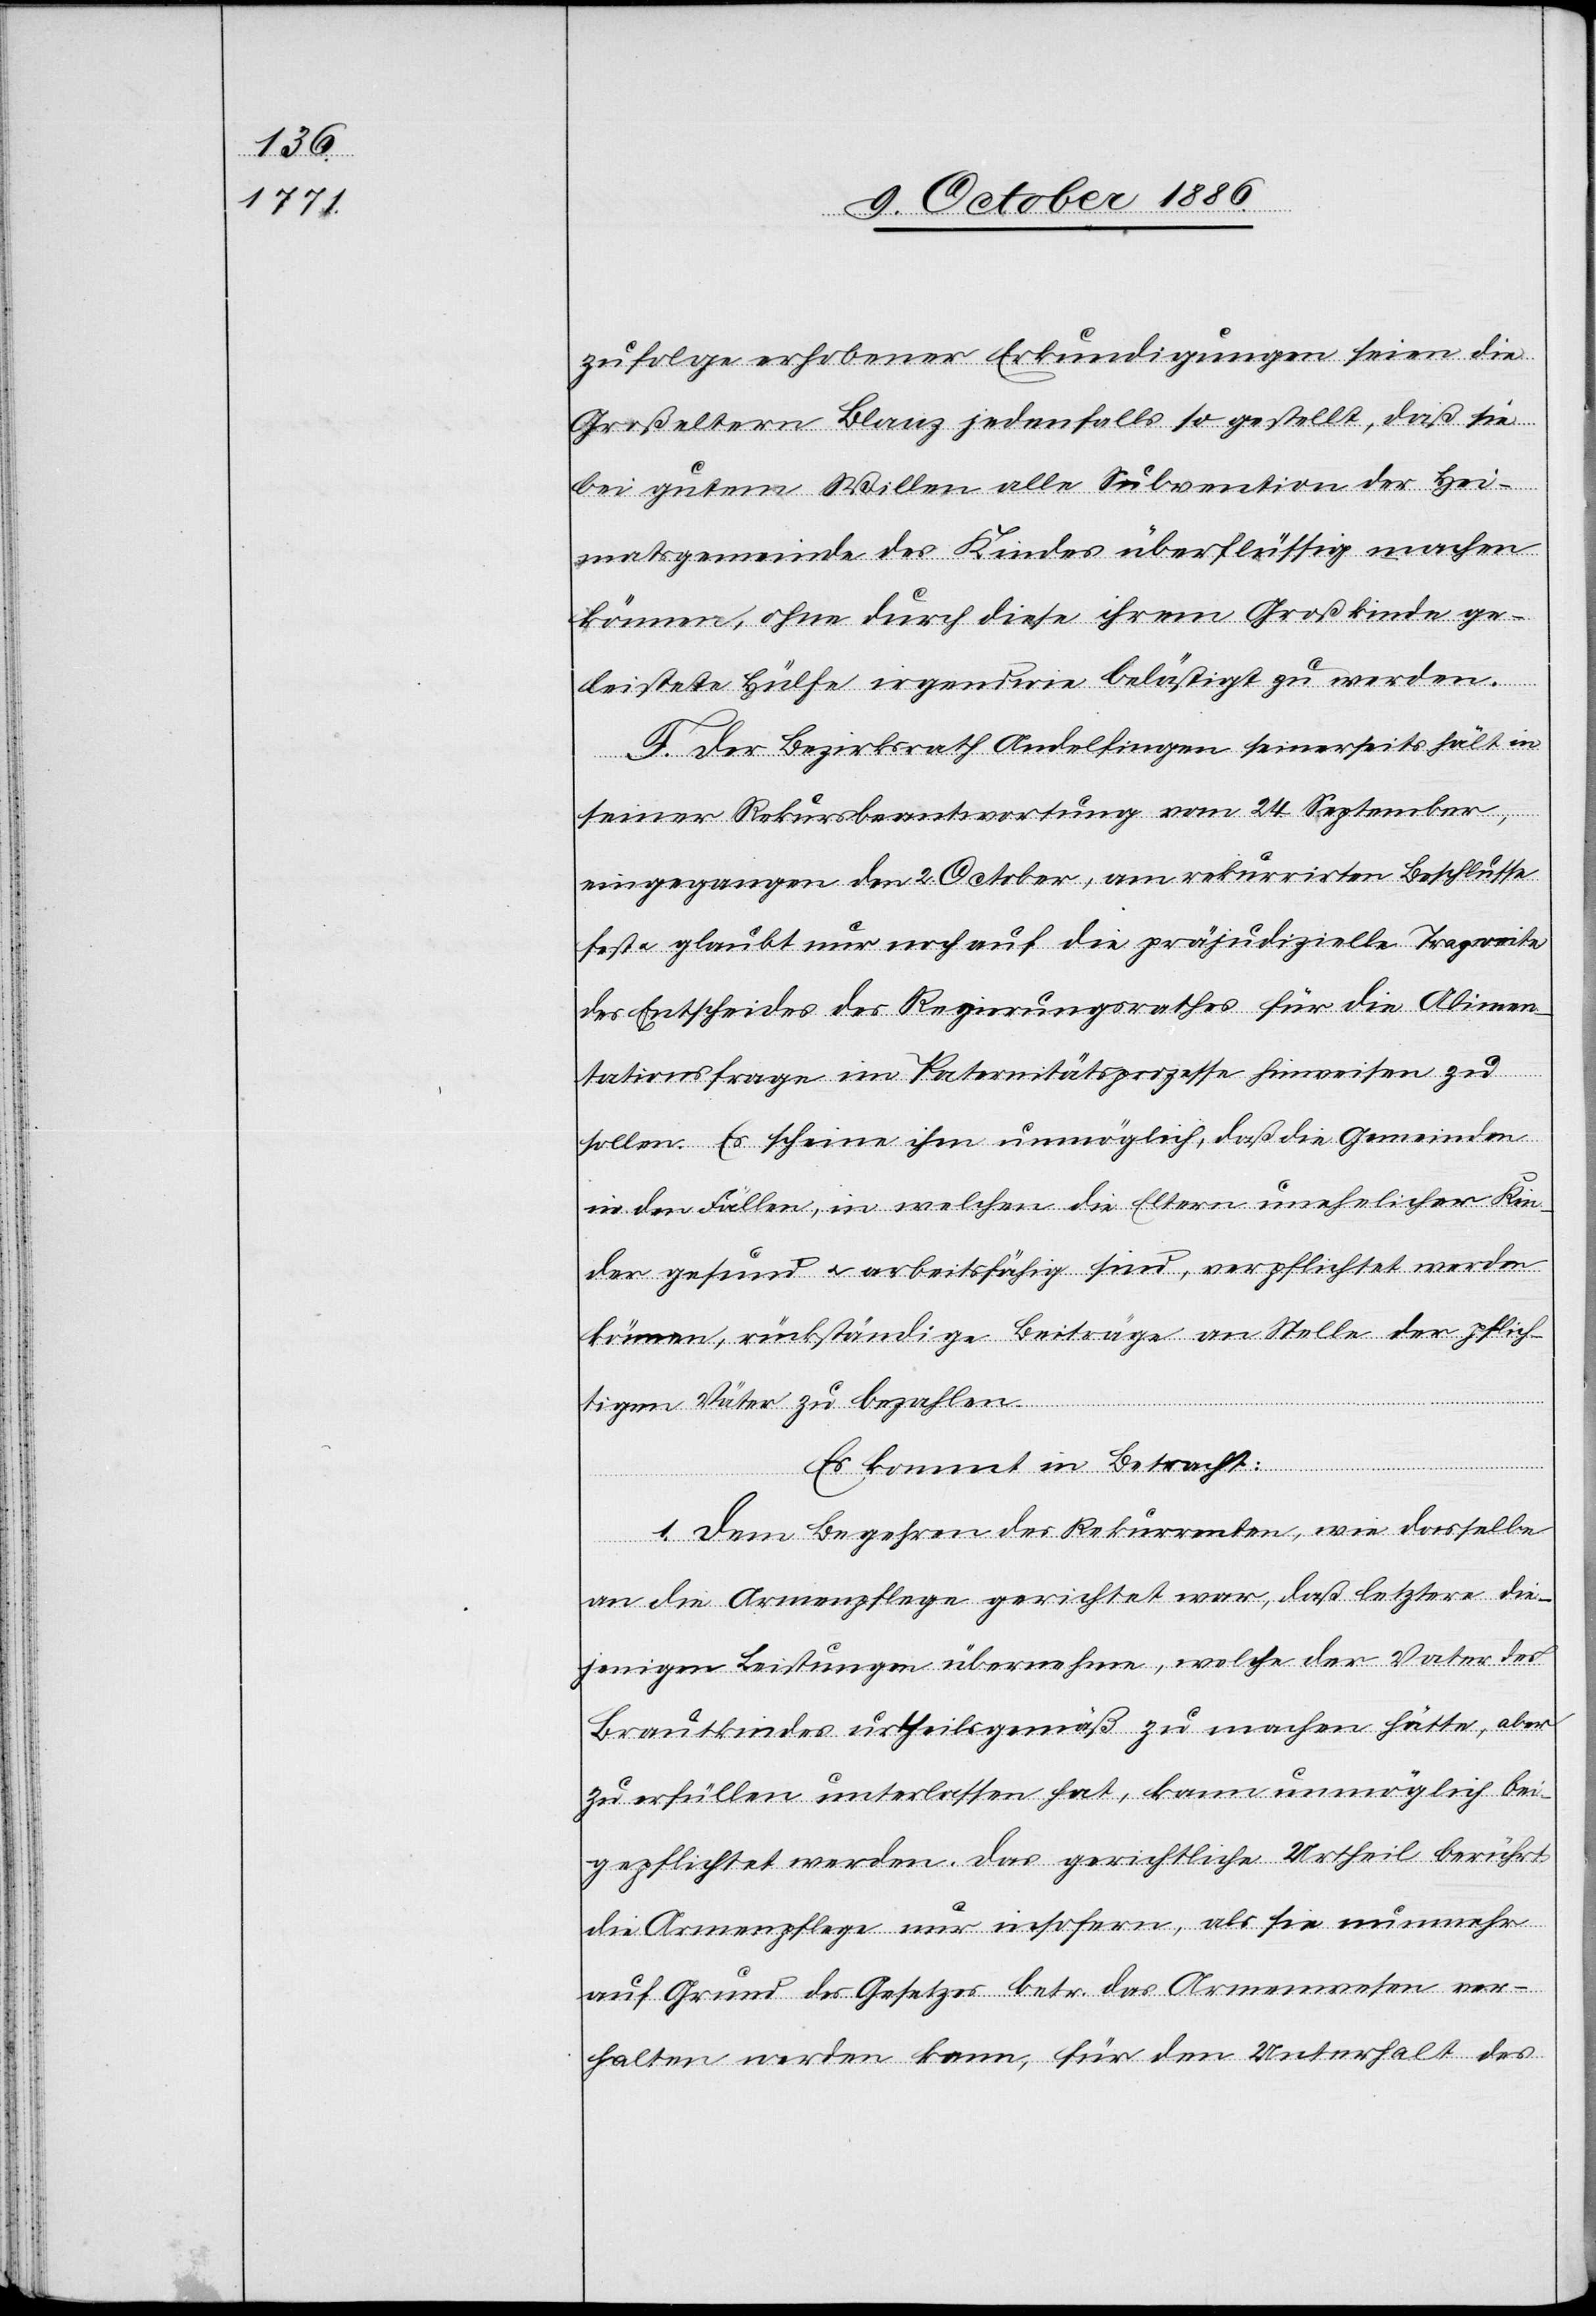
zufolge erhobener Erkundigungen seien die
Großeltern Blanz jedenfalls so gestellt, daß sie
bei gutem Willen alle Subvention der Hei¬
matsgemeinde des Kindes überflüssig machen
könne, ohne durch diese ihrem Großkinde ge¬
leistete Hülfe irgendwie belästigt zu werden.
F. Der Bezirksrath Andelfingen seinerseits hält in
seiner Rekursbeantwortung vom 24. September,
eingegangen den 2. October, am rekurrirten Beschlusse
fest & glaubt nur noch auf die präjudizielle Tragweite
des Entscheides des Regierungsrathes für die Alimen¬
tationsfrage im Paternitätsprozesse hinweisen zu
sollen. Es scheine ihm unmöglich, daß die Gemeinden
in den Fällen, in welchen die Eltern unehelicher Kin¬
der gesund & arbeitsfähig sind, verpflichtet werden
können, rückständige Beiträge an Stelle der pflich¬
tigen Väter zu bezahlen.
Es kommt in Betracht:
1. Dem Begehren des Rekurrenten, wie dasselbe
an die Armenpflege gerichtet war, daß letztere die¬
jenigen Leistungen übernehme, welche der Vater des
Brautkindes urtheilsgemäß zu machen hätte, aber
zu erfüllen unterlassen hat, kann unmöglich bei¬
gepflichtet werden. Das gerichtliche Urtheil berührt
die Armenpflege nur insofern, als sie nunmehr
auf Grund des Gesetzes betr. das Armenwesen ver¬
halten werden kann, für den Unterhalt des